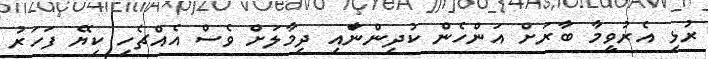
ރުޅި އެރުވީމާ ބާރަށް އަންހެން ކުދިންނަާއި ދިމާލަށް ވެސް އެއްޗެހި ކިޔޭ ފަހަރު